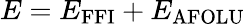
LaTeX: E=E_{\mathrm{FFI}}+E_{\mathrm{AFOLU}}